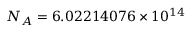
N _ { A } = 6 . 0 2 2 1 4 0 7 6 \times 1 0 ^ { 1 4 }